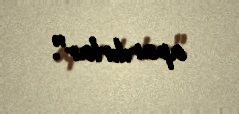
aparılırlar”.